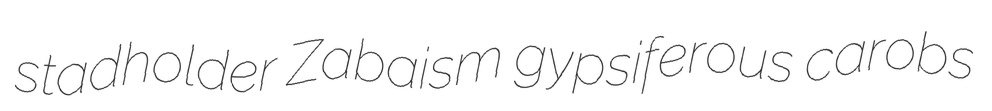
stadholder Zabaism gypsiferous carobs